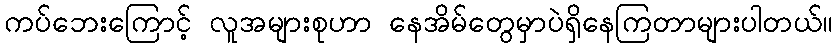
ကပ်ဘေးကြောင့် လူအများစုဟာ နေအိမ်တွေမှာပဲရှိနေကြတာများပါတယ်။